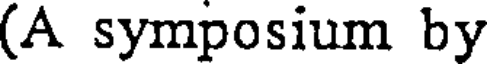
(A symposium by